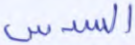
السدس